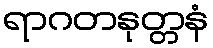
ရာဂတနုတ္တနံ